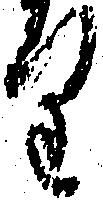
り